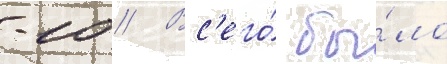
-10 // Вс'его́ бы́ло